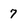
Character: 7